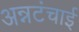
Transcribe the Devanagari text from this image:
अन्नटंचाई